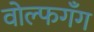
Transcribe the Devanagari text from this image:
वोल्फगँग